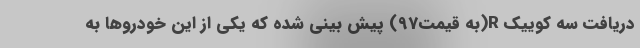
دریافت سه کوییک R(به قیمت97) پیش بینی شده که یکی از این خودروها به